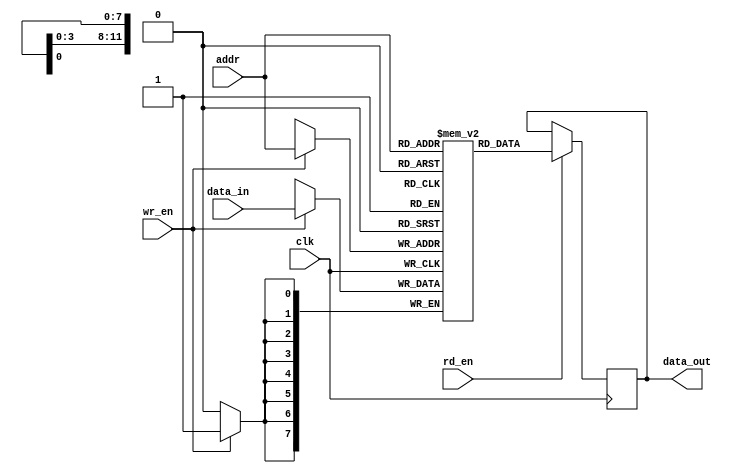
module SDRAM (
    input wire clk,
    input wire wr_en,
    input wire rd_en,
    input wire [11:0] addr,
    input wire [7:0] data_in,
    output wire [7:0] data_out
);

reg [7:0] memory [0:4095]; // Array of memory cells
reg [11:0] row_addr, col_addr;
reg [7:0] read_data;

always @ (posedge clk) begin
    if (wr_en) begin
        memory[addr] <= data_in;
    end
    
    if (rd_en) begin
        read_data <= memory[addr];
    end
    
    row_addr <= addr[11:6];
    col_addr <= addr[5:0];
end

assign data_out = read_data;

endmodule